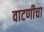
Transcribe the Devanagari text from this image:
वाटणीचा